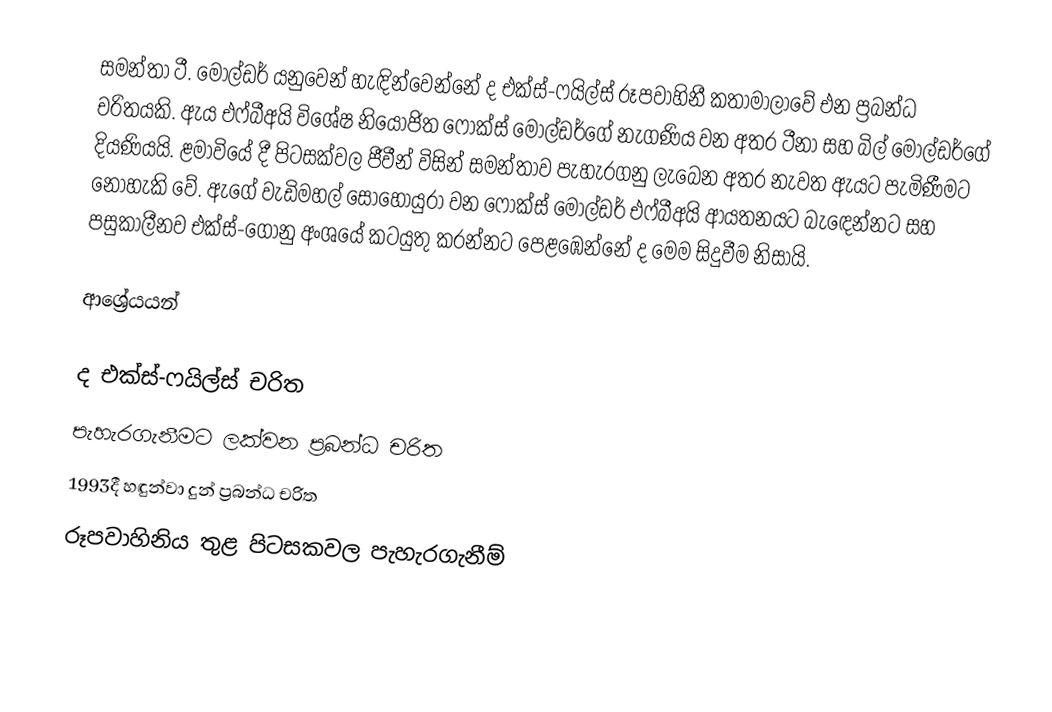
සමන්තා ටී. මෝල්ඩර් යනුවෙන් හැඳින්වෙන්නේ ද එක්ස්-ෆයිල්ස් රූපවාහිනී කතාමාලාවේ එන ප්‍රබන්ධ චරිතයකි. ඇය එෆ්බීඅයි විශේෂ නියෝජිත ෆොක්ස් මෝල්ඩර්ගේ නැගණිය වන අතර ටීනා සහ බිල් මෝල්ඩර්ගේ දියණියයි. ළමාවියේ දී පිටසක්වල ජීවීන් විසින් සමන්තාව පැහැරගනු ලැබෙන අතර නැවත ඇයට පැමිණීමට නොහැකි වේ. ඇගේ වැඩිමහල් සොහොයුරා වන ෆොක්ස් මෝල්ඩර් එෆ්බීඅයි ආයතනයට බැඳෙන්නට සහ පසුකාලීනව එක්ස්-ගොනු අංශයේ කටයුතු කරන්නට පෙළඹෙන්නේ ද මෙම සිදුවීම නිසායි.

ආශ්‍රේයයන්

ද එක්ස්-ෆයිල්ස් චරිත
පැහැරගැනීමට ලක්වන ප්‍රබන්ධ චරිත
1993දී හඳුන්වා දුන් ප්‍රබන්ධ චරිත
රූපවාහිනිය තුළ පිටසකවල පැහැරගැනීම්